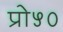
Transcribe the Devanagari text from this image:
प्रो५०